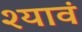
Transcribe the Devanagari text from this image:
श्यावं